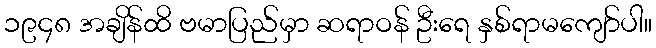
၁၉၄၈ အချိန်ထိ ဗမာပြည်မှာ ဆရာဝန် ဦးရေ နှစ်ရာမကျော်ပါ။